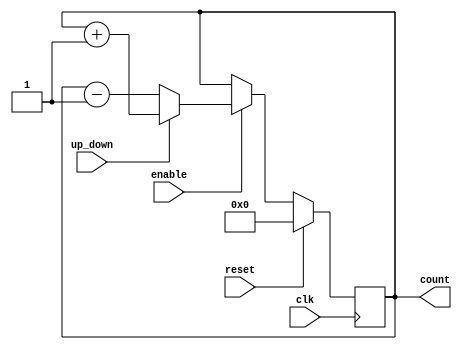
module up_down_counter(
    input clk,
    input reset,
    input enable,
    input up_down,
    output reg [3:0] count
);

always @(posedge clk) begin
    if(reset) begin
        count <= 4'd0;
    end else if(enable) begin
        if(up_down) begin
            count <= count + 4'd1;
        end else begin
            count <= count - 4'd1;
        end
    end
end

endmodule